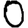
Digit: 0